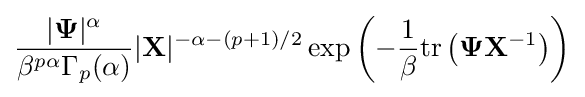
{\frac {|{\boldsymbol {\Psi }}|^{\alpha }}{\beta ^{p\alpha }\Gamma _{p}(\alpha )}}|\mathbf {X} |^{-\alpha -(p+1)/2}\exp \left(-{\frac {1}{\beta }}{\rm {tr}}\left({\boldsymbol {\Psi }}\mathbf {X} ^{-1}\right)\right)